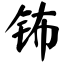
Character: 钸